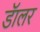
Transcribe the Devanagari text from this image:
डॅालर